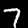
Digit: 7